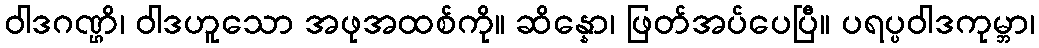
ဝါဒဂဏ္ဌိ၊ ဝါဒဟူသော အဖုအထစ်ကို။ ဆိန္နော၊ ဖြတ်အပ်ပေပြီ။ ပရပ္ပဝါဒကုမ္ဘာ၊